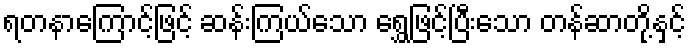
ရတနာကြောင့်ဖြင့် ဆန်းကြယ်သော ရွှေဖြင့်ပြီးသော တန်ဆာတို့နှင့်